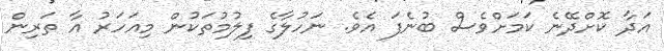
އަދާ ކޮށްދޭނެ ކަމަށްވެސް ބުނެފަ އެވެ. ނަހުލާގެ ފިލުމުތަކުން މިއަހަރު އާ ތަރިން